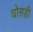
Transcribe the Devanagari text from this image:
घोसड़ी